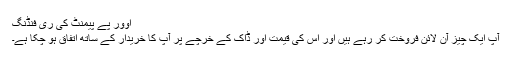
اوور پے پیمنٹ کی ری فنڈنگ
آپ ایک چیز آن لائن فروخت کر رہے ہیں اور اس کی قیمت اور ڈاک کے خرچے پر آپ کا خریدار کے ساتھ اتفاق ہو چکا ہے۔